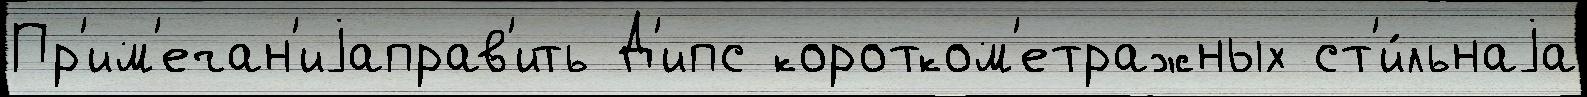
Пр'им'ечан'иjаправ'ить Д'ипс коротком'етражных ст'и́льнаjа